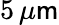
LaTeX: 5\, \mu\mathsf{m}